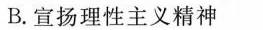
B.宣扬理性主义精神